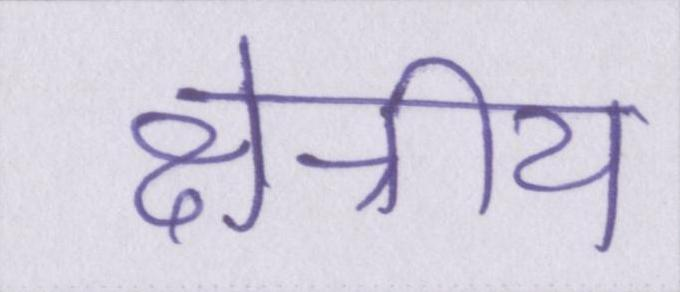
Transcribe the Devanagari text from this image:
क्षेत्रीय